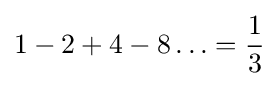
1-2+4-8\ldots ={\frac {1}{3}}